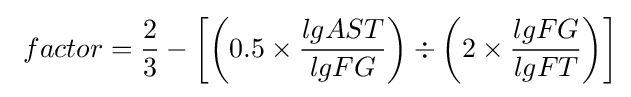
\ factor={\frac {2}{3}}-\left[\left(0.5\times {\frac {lgAST}{lgFG}}\right)\div \left(2\times {\frac {lgFG}{lgFT}}\right)\right]